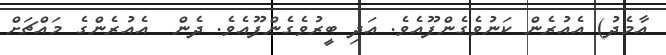
އާމެދު) އެއުރެން ކަނުވެގެންފޫއެވެ. އަދި ބީރުވެގެންފޫއެވެ. ދެން  އެއުރެންގެ މައްޗަށް